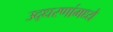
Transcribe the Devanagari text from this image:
उद्धरणांमध्ये